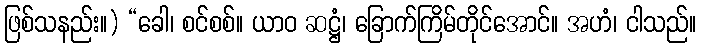
ဖြစ်သနည်း။) “ခေါ၊ စင်စစ်။ ယာဝ ဆဋ္ဌံ၊ ခြောက်ကြိမ်တိုင်အောင်။ အဟံ၊ ငါသည်။